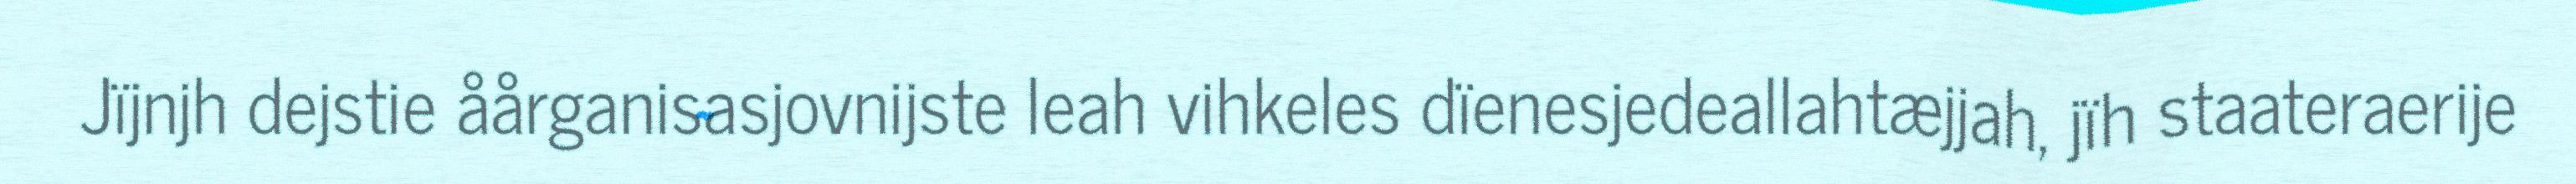
Jïjnjh dejstie åårganisasjovnijste leah vihkeles dïenesjedeallahtæjjah, jïh staateraerije